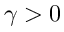
\gamma > 0